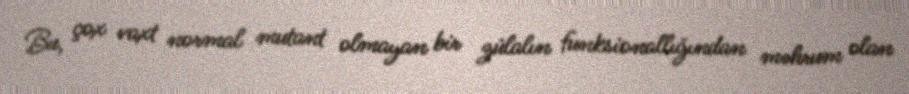
Bu, çox vaxt normal mutant olmayan bir zülalın funksionallığından məhrum olan